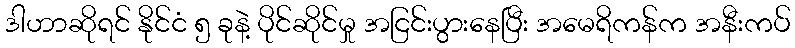
ဒါဟာဆိုရင် နိုင်ငံ ၅ ခုနဲ့ ပိုင်ဆိုင်မှု အငြင်းပွားနေပြီး အမေရိကန်က အနီးကပ်